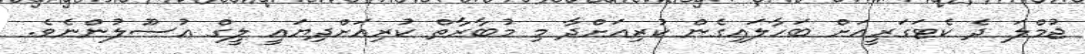
ޖުމްލަ ދެ ކެޓަގަރީއަށް ބަހާލައިގެން ކުރިއަށްދާ މި މުބާރާތް ކުރިއަށްދިޔައީ ލީގް އުސޫލުންނެވެ.